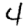
Digit: 4